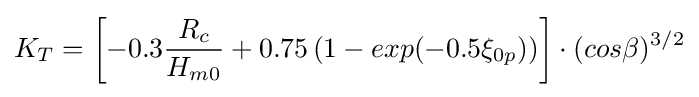
K_{T}=\left[{-0.3{\frac {R_{c}}{H_{m0}}}+0.75\left({1-exp(-0.5\xi _{0p})}\right)}\right]\cdot ({cos\beta })^{3/2}